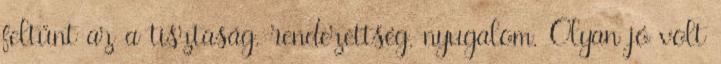
feltűnt az a tisztaság, rendezettség, nyugalom. Olyan jó volt